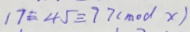
1 7 \equiv 4 5 \equiv 7 7 ( m o d x )